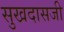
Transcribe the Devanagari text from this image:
सुखदासजी